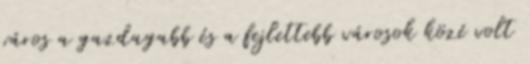
város a gazdagabb és a fejlettebb városok közé volt